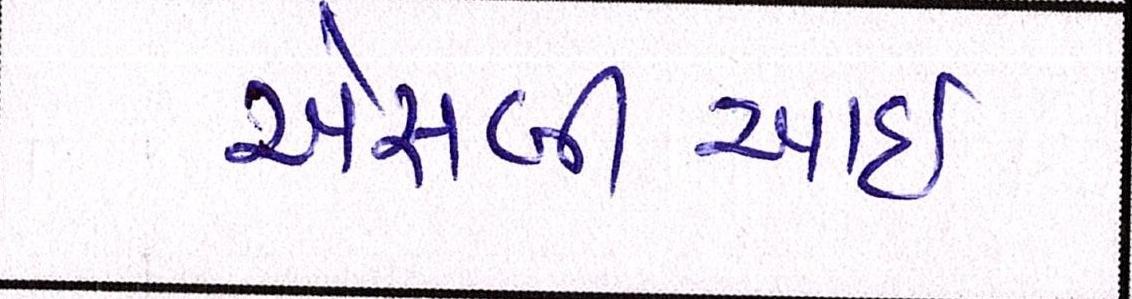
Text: એસબીઆઇ